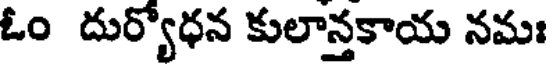
ఓం దుర్యోధన కులాన్తకాయ నమః